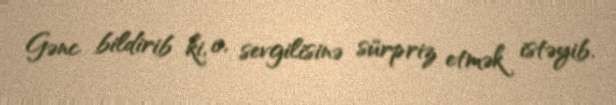
Gənc bildirib ki, o, sevgilisinə sürpriz etmək istəyib.